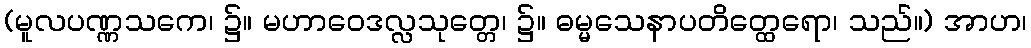
(မူလပဏ္ဏသကေ၊ ၌။ မဟာဝေဒလ္လသုတ္တေ၊ ၌။ ဓမ္မသေနာပတိတ္ထေရော၊ သည်။) အာဟ၊